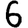
Digit: 6